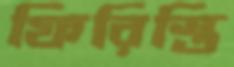
ফিরিস্তি